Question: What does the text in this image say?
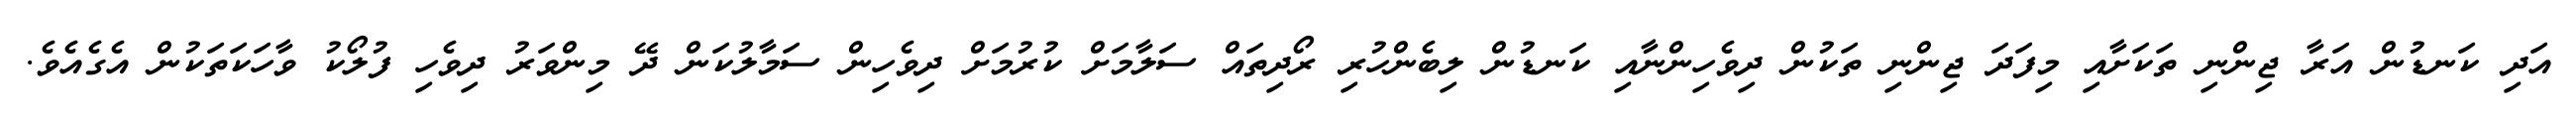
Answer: އަދި ކަނޑުން އަރާ ޖިންނި ތަކަށާއި މިފަދަ ޖިންނި ތަކުން ދިވެހިންނާއި ކަނޑުން ލިބެންހުރި ރޯދިތައް ސަލާމަށް ކުރުމަށް ދިވެހިން ސަމާލުކަން ދޭ މިންވަރު ދިވެހި ފުލޯކު ވާހަކަތަކުން އެގެއެވެ.